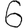
Digit: 6